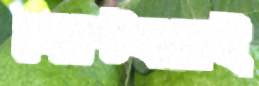
সেপ্টেম্বরেই